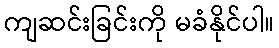
ကျဆင်းခြင်းကို မခံနိုင်ပါ။